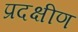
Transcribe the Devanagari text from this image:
प्रदक्षीण